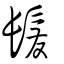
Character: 𩬃